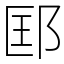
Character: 邼